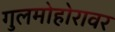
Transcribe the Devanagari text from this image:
गुलमोहोरावर